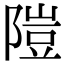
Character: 隑